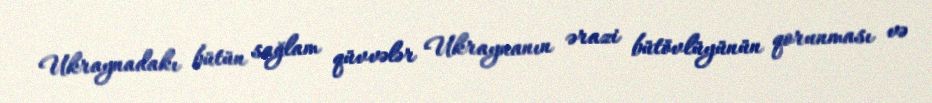
Ukraynadakı bütün sağlam qüvvələr Ukraynanın ərazi bütövlüyünün qorunması və